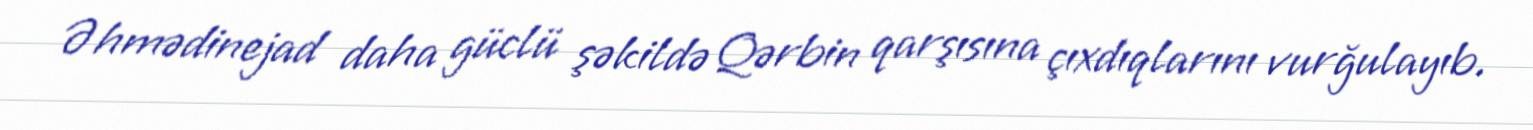
Əhmədinejad daha güclü şəkildə Qərbin qarşısına çıxdıqlarını vurğulayıb.